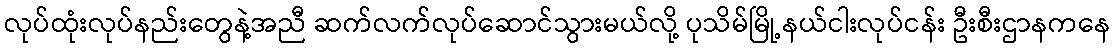
လုပ်ထုံးလုပ်နည်းတွေနဲ့အညီ ဆက်လက်လုပ်ဆောင်သွားမယ်လို့ ပုသိမ်မြို့နယ်ငါးလုပ်ငန်း ဦးစီးဌာနကနေ